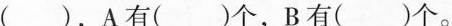
( )，A有( )个，B有( )个。